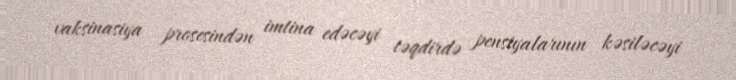
vaksinasiya prosesindən imtina edəcəyi təqdirdə pensiyalarının kəsiləcəyi